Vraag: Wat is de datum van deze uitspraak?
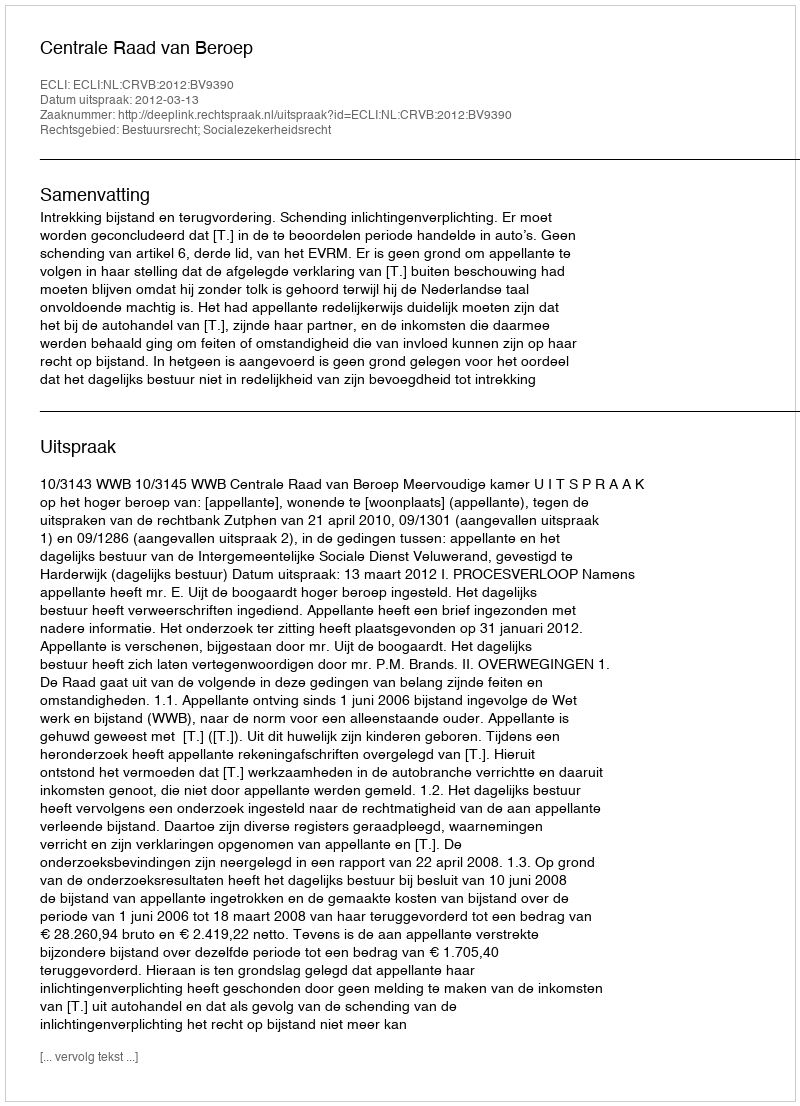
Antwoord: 2012-03-13